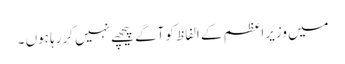
میں وزیراعظم کے الفاظ کو آگے پیچھے نہیں کررہا ہوں ۔